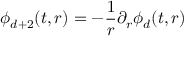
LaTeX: \phi _ { d + 2 } ( t , r ) = - \frac { 1 } { r } \partial _ { r } \phi _ { d } ( t , r )